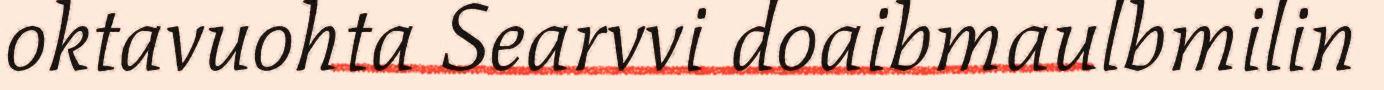
oktavuohta Searvvi doaibmaulbmilin